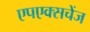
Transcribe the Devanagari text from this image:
एपएक्सचेंज